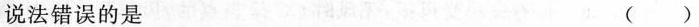
说法错误的是 ( )